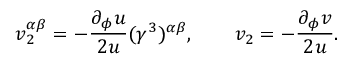
v _ { 2 } ^ { \alpha \beta } = - \frac { \partial _ { \phi } u } { 2 u } ( \gamma ^ { 3 } ) ^ { \alpha \beta } , \qquad v _ { 2 } = - \frac { \partial _ { \phi } v } { 2 u } .